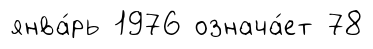
янва́рь 1976 означа́ет 78